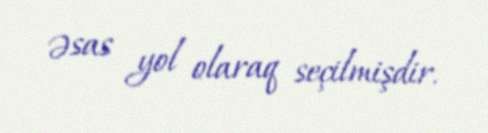
əsas yol olaraq seçilmişdir.